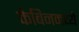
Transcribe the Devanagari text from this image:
केबिनमध्ये